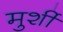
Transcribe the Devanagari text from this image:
मुर्शी